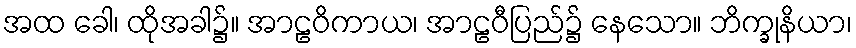
အထ ခေါ၊ ထိုအခါ၌။ အာဠဝိကာယ၊ အာဠဝီပြည်၌ နေသော။ ဘိက္ခုနိယာ၊